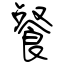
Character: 餐